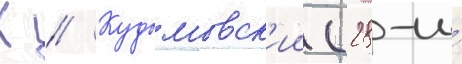
К // Кудымовск'ии (28-и́